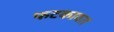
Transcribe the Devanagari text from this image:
फटकावत